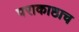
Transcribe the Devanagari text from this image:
पराकाष्ठाच